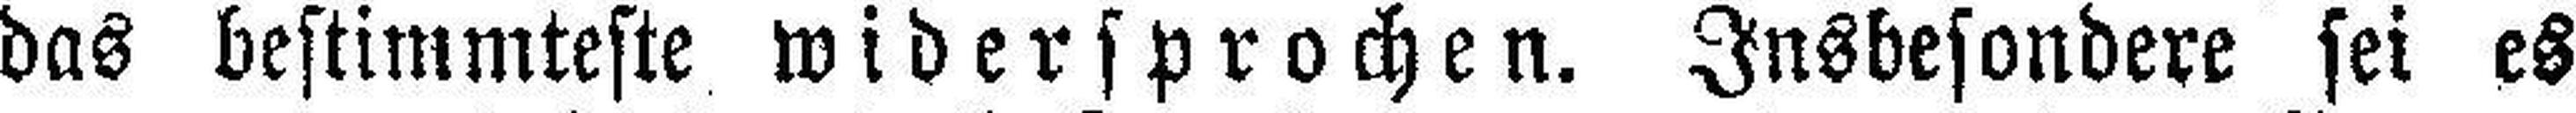
das bestimmteste widersprochen. Insbesondere sei es